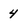
Character: 4